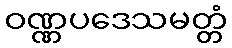
ဝဏ္ဏပဒေသမတ္တံ